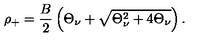
\rho _ { + } = \frac { B } { 2 } \left( \Theta _ { \nu } + \sqrt { \Theta _ { \nu } ^ { 2 } + 4 \Theta _ { \nu } } \right) .